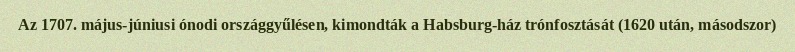
Az 1707. május-júniusi ónodi országgyűlésen, kimondták a Habsburg-ház trónfosztását (1620 után, másodszor)